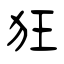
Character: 狂